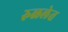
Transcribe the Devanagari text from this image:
रुळलेत